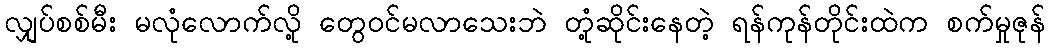
လျှပ်စစ်မီး မလုံလောက်လို့ တွေဝင်မလာသေးဘဲ တုံ့ဆိုင်းနေတဲ့ ရန်ကုန်တိုင်းထဲက စက်မှုဇုန်